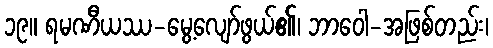
၁၉။ ရမဏီယဿ-မွေ့လျော်ဖွယ်၏၊ ဘာဝေါ-အဖြစ်တည်း၊